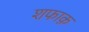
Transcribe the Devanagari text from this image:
शफाक़